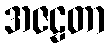
အဇဠတာ